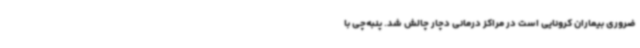
ضروری بیماران کرونایی است در مراکز درمانی دچار چالش شد. پنبه‌چی با